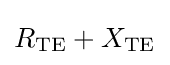
R_{\text{TE}}+X_{\text{TE}}